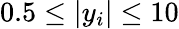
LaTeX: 0.5\leq|y_{i}|\leq 10